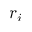
r _ { i }